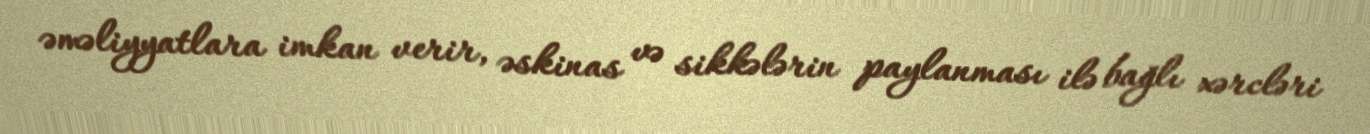
əməliyyatlara imkan verir, əskinas və sikkələrin paylanması ilə bağlı xərcləri